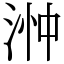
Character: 浺